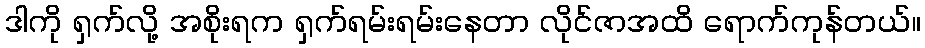
ဒါကို ရှက်လို့ အစိုးရက ရှက်ရမ်းရမ်းနေတာ လိုင်ဇာအထိ ရောက်ကုန်တယ်။